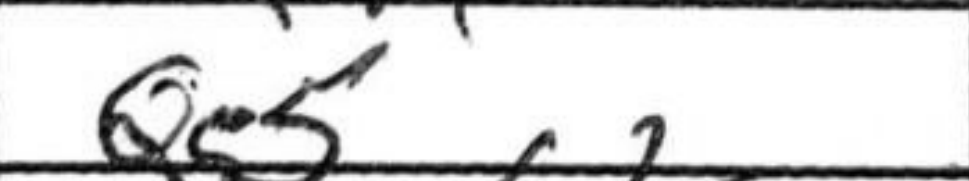
Transcription: Qg5